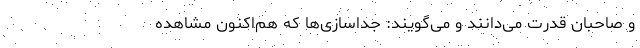
و صاحبان قدرت می‌دانند و می‌گویند: جداسازی‌ها که هم‌اکنون مشاهده